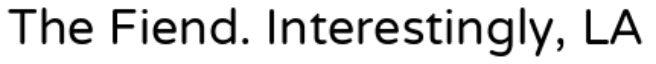
The Fiend. Interestingly, LA